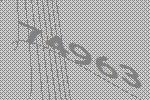
74963